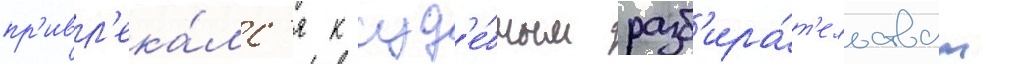
пр'ивл'ека́лс'я к суд'е́бным разб'ира́т'ельствам